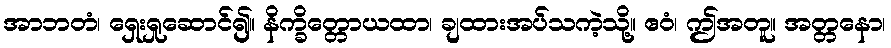
အာဘတံ၊ ရှေးရှုဆောင်၍။ နိက္ခိတ္တောယထာ၊ ချထားအပ်သကဲ့သို့။ ဧဝံ၊ ဤအတူ။ အတ္တနော၊